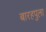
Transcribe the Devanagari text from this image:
बारहपुला